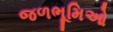
જળભૂમિઓ